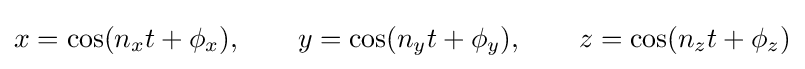
x=\cos(n_{x}t+\phi _{x}),\qquad y=\cos(n_{y}t+\phi _{y}),\qquad z=\cos(n_{z}t+\phi _{z})